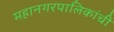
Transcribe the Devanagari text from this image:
महानगरपालिकांची